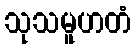
သုသမူဟတံ